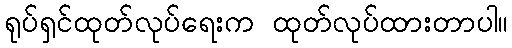
ရုပ်ရှင်ထုတ်လုပ်ရေးက ထုတ်လုပ်ထားတာပါ။